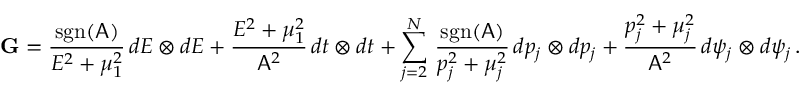
\mathbf { G } = \frac { \mathrm { s g n } ( \mathsf { A } ) } { E ^ { 2 } + \mu _ { 1 } ^ { 2 } } \, d E \otimes d E + \frac { E ^ { 2 } + \mu _ { 1 } ^ { 2 } } { \mathsf { A } ^ { 2 } } \, d t \otimes d t + \sum _ { j = 2 } ^ { N } \, \frac { \mathrm { s g n } ( \mathsf { A } ) } { p _ { j } ^ { 2 } + \mu _ { j } ^ { 2 } } \, d p _ { j } \otimes d p _ { j } + \frac { p _ { j } ^ { 2 } + \mu _ { j } ^ { 2 } } { \mathsf { A } ^ { 2 } } \, d \psi _ { j } \otimes d \psi _ { j } \, .